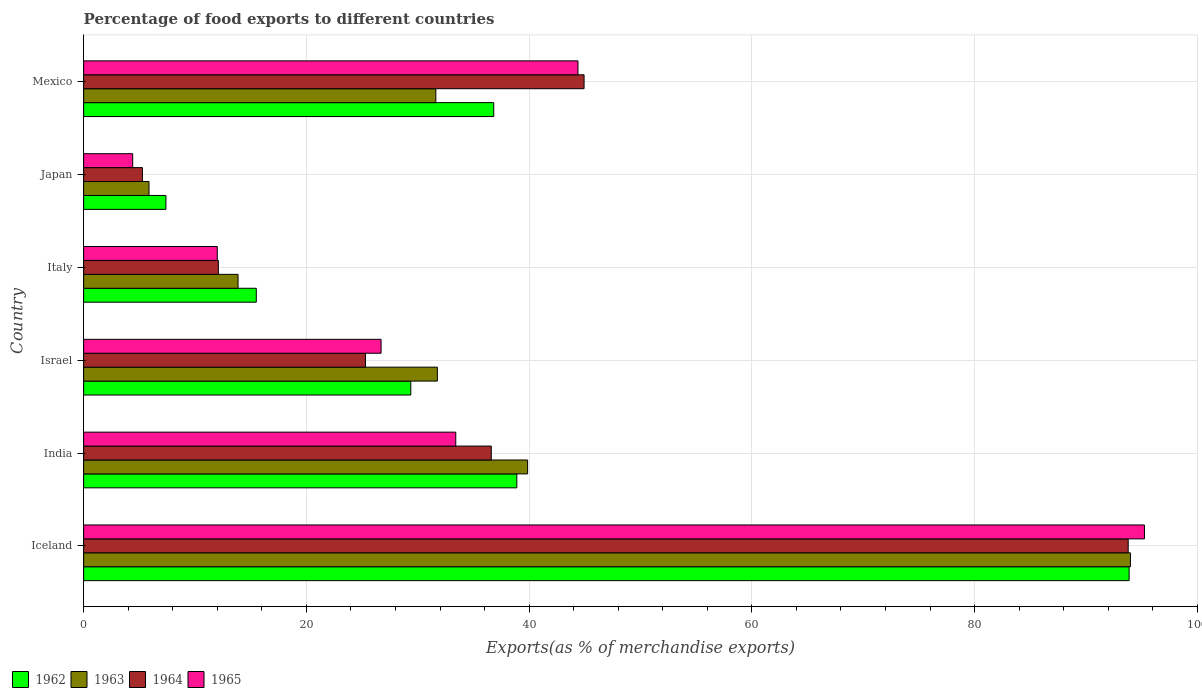
| Country | 1962 | 1963 | 1964 | 1965 |
 | --- | --- | --- | --- | --- |
 | Iceland | 93.9 | 94 | 93.8 | 95.3 |
 | India | 38.9 | 39.9 | 36.6 | 33.4 |
 | Israel | 29.4 | 31.8 | 25.3 | 26.7 |
 | Italy | 15.5 | 13.9 | 12.1 | 12 |
 | Japan | 7.39 | 5.87 | 5.28 | 4.41 |
 | Mexico | 36.8 | 31.6 | 44.9 | 44.4 |